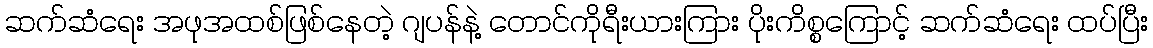
ဆက်ဆံရေး အဖုအထစ်ဖြစ်နေတဲ့ ဂျပန်နဲ့ တောင်ကိုရီးယားကြား ပိုးကိစ္စကြောင့် ဆက်ဆံရေး ထပ်ပြီး